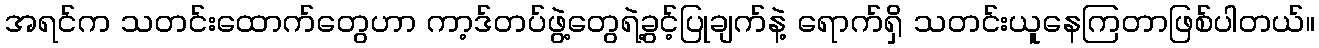
အရင်က သတင်းထောက်တွေဟာ ကာ့ဒ်တပ်ဖွဲ့တွေရဲ့ခွင့်ပြုချက်နဲ့ ရောက်ရှိ သတင်းယူနေကြတာဖြစ်ပါတယ်။